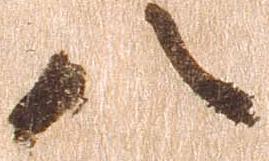
八